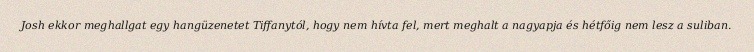
Josh ekkor meghallgat egy hangüzenetet Tiffanytól, hogy nem hívta fel, mert meghalt a nagyapja és hétfőig nem lesz a suliban.